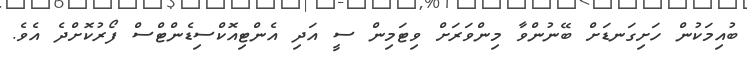
ބުއިމަކުން ހަށިގަނޑަށް ބޭނުންވާ މިންވަރަށް ވިޓަމިން ސީ އަދި އެންޓިއޮކްސިޑެންޓްސް ފޯރުކޮށްދެ އެވެ.